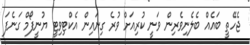
ޖެހޭތީ ބައެއް ބެލެނިވެރިން ވަނީ ކުރިއަށް ވުރެ ގިނައިން އެކްޓިވިޓީ ޔުނީފޯމް ގަނެފަ